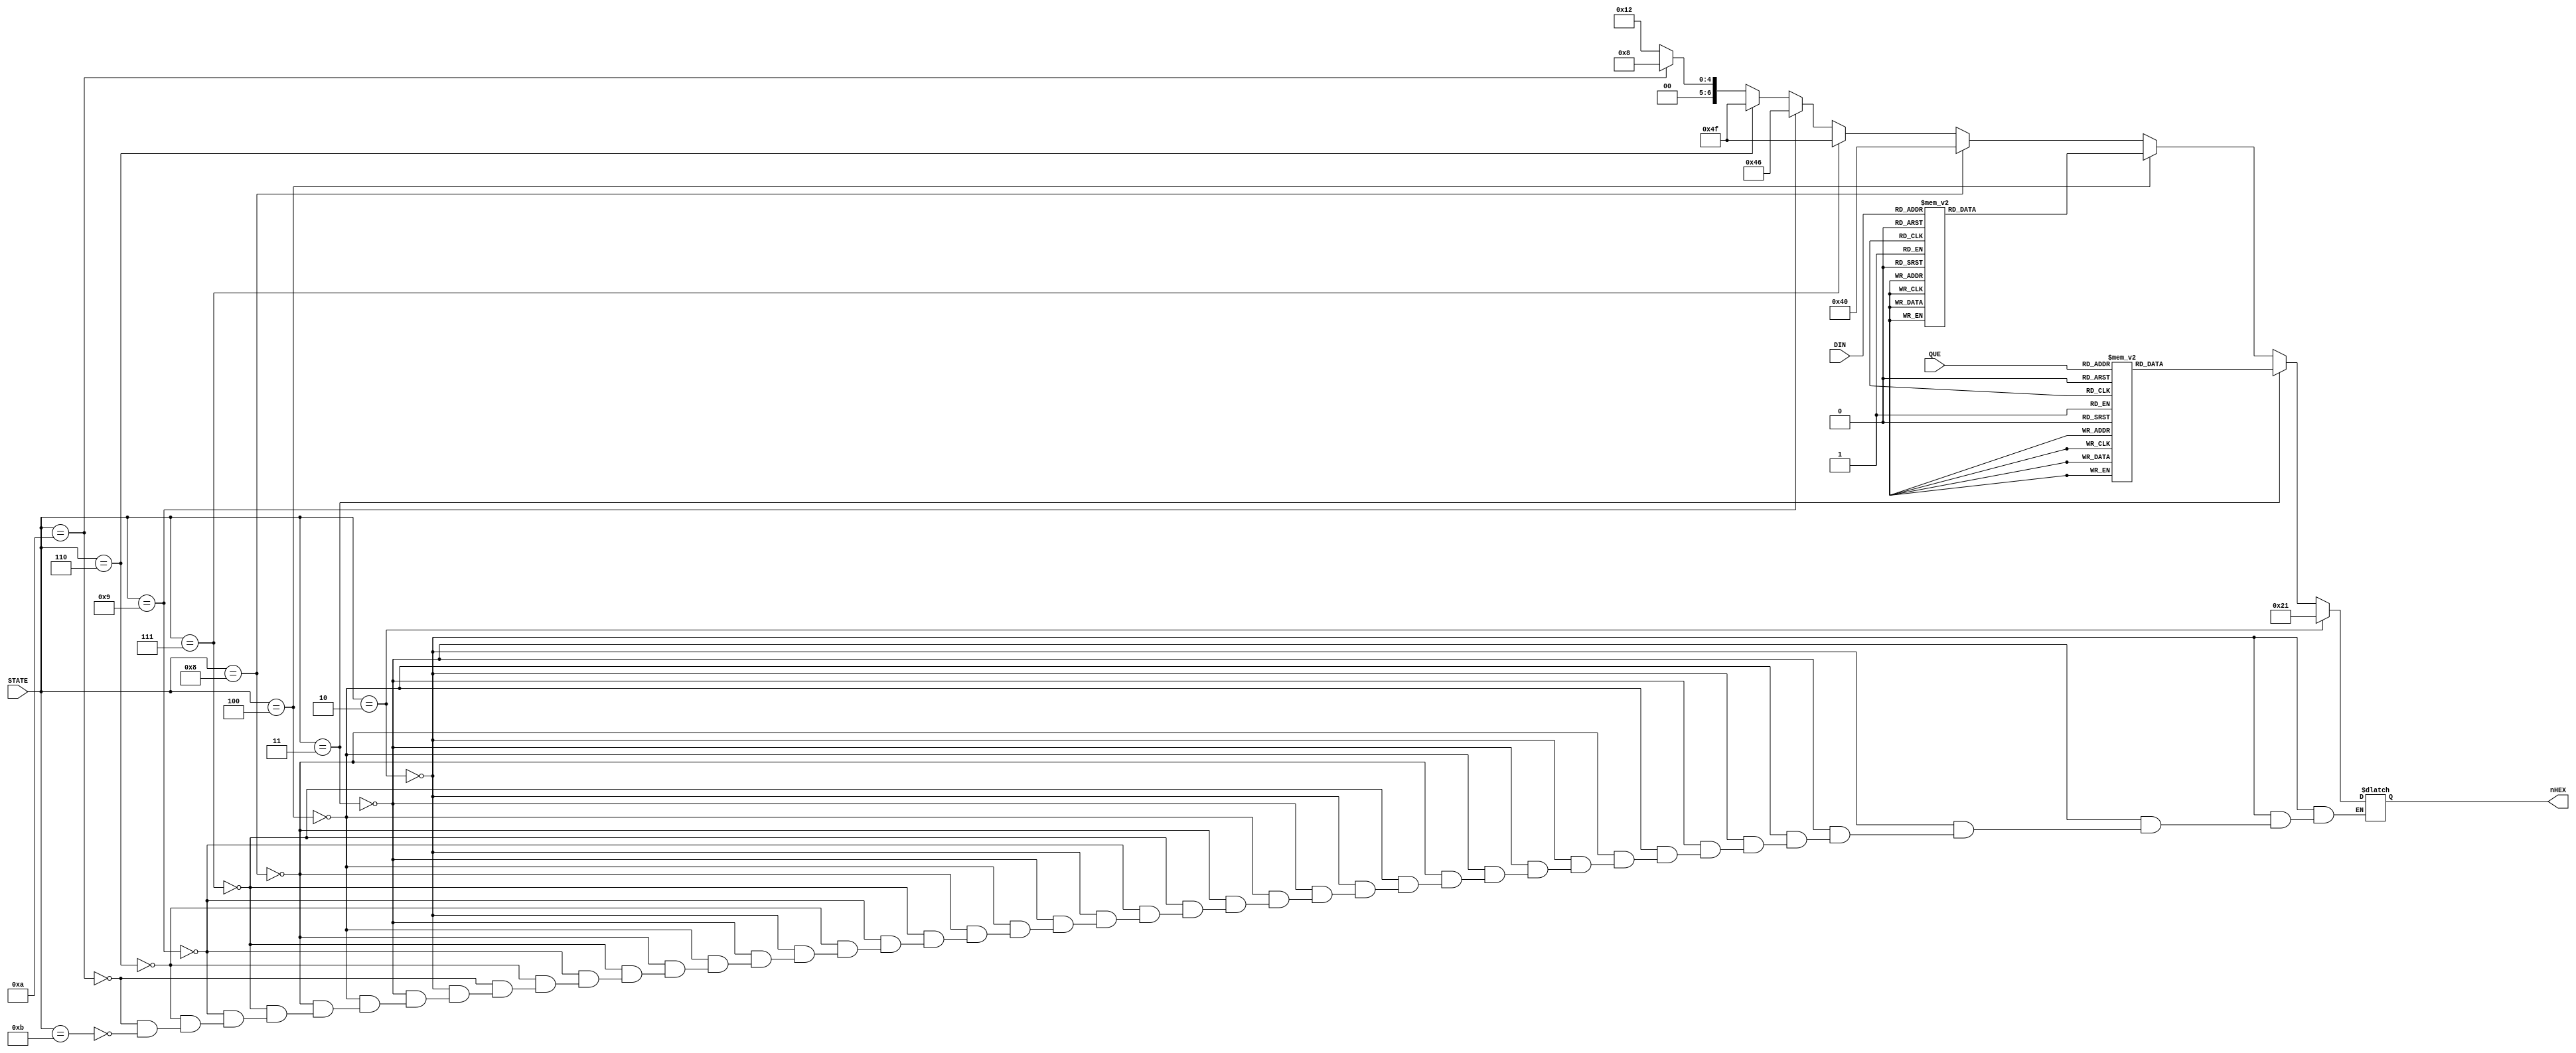
module SEG7DEC_2(
     //input CLK,
     input [3:0] STATE,
     input [3:0] DIN,//SEG_Q??4bit????????
     input [3:0] QUE,
     output reg [6:0] nHEX
);

always @* begin
     if(STATE == 4'b0010)begin//READY
         nHEX = 7'b0100001;//d
     end
    else if(STATE == 4'b0011)begin//QUESTION
        case(QUE)
            4'h0:	nHEX = 7'b1000000;
            4'h1:	nHEX = 7'b1111001;
            4'h2:	nHEX = 7'b0100100;
            4'h3:	nHEX = 7'b0110000;
            4'h4:	nHEX = 7'b0011001;
            4'h5:	nHEX = 7'b0010010;
            4'h6:	nHEX = 7'b0000010;
            4'h7:	nHEX = 7'b1011000;
            4'h8:	nHEX = 7'b0000000;
            4'h9:	nHEX = 7'b0010000;
            default:nHEX = 7'b1111111;
        endcase
        //nHEX = 7'b0000000;
    end
    else if(STATE == 4'b0100)begin//INPUT
        case(DIN)
            4'h0:	nHEX = 7'b0111111;//??
            4'h1:	nHEX = 7'b0111111;//??
            4'h2:	nHEX = 7'b0111111;//??
            4'h3:	nHEX = 7'b0111111;//??
            4'h4:	nHEX = 7'b0111111;//??
            4'h5:	nHEX = 7'b1111001;//1
            4'h6:	nHEX = 7'b1111001;//1
            4'h7:	nHEX = 7'b1111001;//1
            4'h8:	nHEX = 7'b1111001;//1
            4'h9:	nHEX = 7'b0100100;//2
            default:nHEX = 7'b1111111;
        endcase
    end
    else if(STATE == 4'b1000)begin//GOOD
        nHEX = 7'b1000000;//O
    end
    else if(STATE == 4'b0111)begin//WRONG(fail)
        nHEX = 7'b1001111;//i
    end
    else if(STATE == 4'b1001)begin//OUCH
        nHEX = 7'b1000110;//C
    end
    else if(STATE == 4'b0110)begin//DRAW(tie)
        nHEX = 7'b1001111;//i
    end
    else if(STATE == 4'b1010)begin//WIN(beat)
        nHEX = 7'b0001000;//A
    end
    else if(STATE == 4'b1011)begin//LOSE
        nHEX = 7'b0010010;//S
    end
end




/*always @* begin
	case(STATE)
    QUESTION:
    begin
        4'h0:	nHEX = 7'b1000000;
        4'h1:	nHEX = 7'b1111001;
        4'h2:	nHEX = 7'b0100100;
        4'h3:	nHEX = 7'b0110000;
        4'h4:	nHEX = 7'b0011001;
        4'h5:	nHEX = 7'b0010010;
        4'h6:	nHEX = 7'b0000010;
        4'h7:	nHEX = 7'b1011000;
        4'h8:	nHEX = 7'b0000000;
        4'h9:	nHEX = 7'b0010000;
        default:nHEX = 7'b1111111;
    end
    INPUT:
    begin
        4'h0:	nHEX = 7'b0111111;//??
		4'h1:	nHEX = 7'b0111111;//??
		4'h2:	nHEX = 7'b0111111;//??
		4'h3:	nHEX = 7'b0111111;//??
		4'h4:	nHEX = 7'b0111111;//??
		4'h5:	nHEX = 7'b1111001;//1
		4'h6:	nHEX = 7'b1111001;//1
		4'h7:	nHEX = 7'b1111001;//1
		4'h8:	nHEX = 7'b1111001;//1
		4'h9:	nHEX = 7'b0100100;//2
		default:nHEX = 7'b1111111;
    end
   endcase
end*/

endmodule